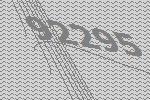
92295